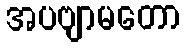
အပဗျာမတော